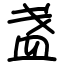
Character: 盏